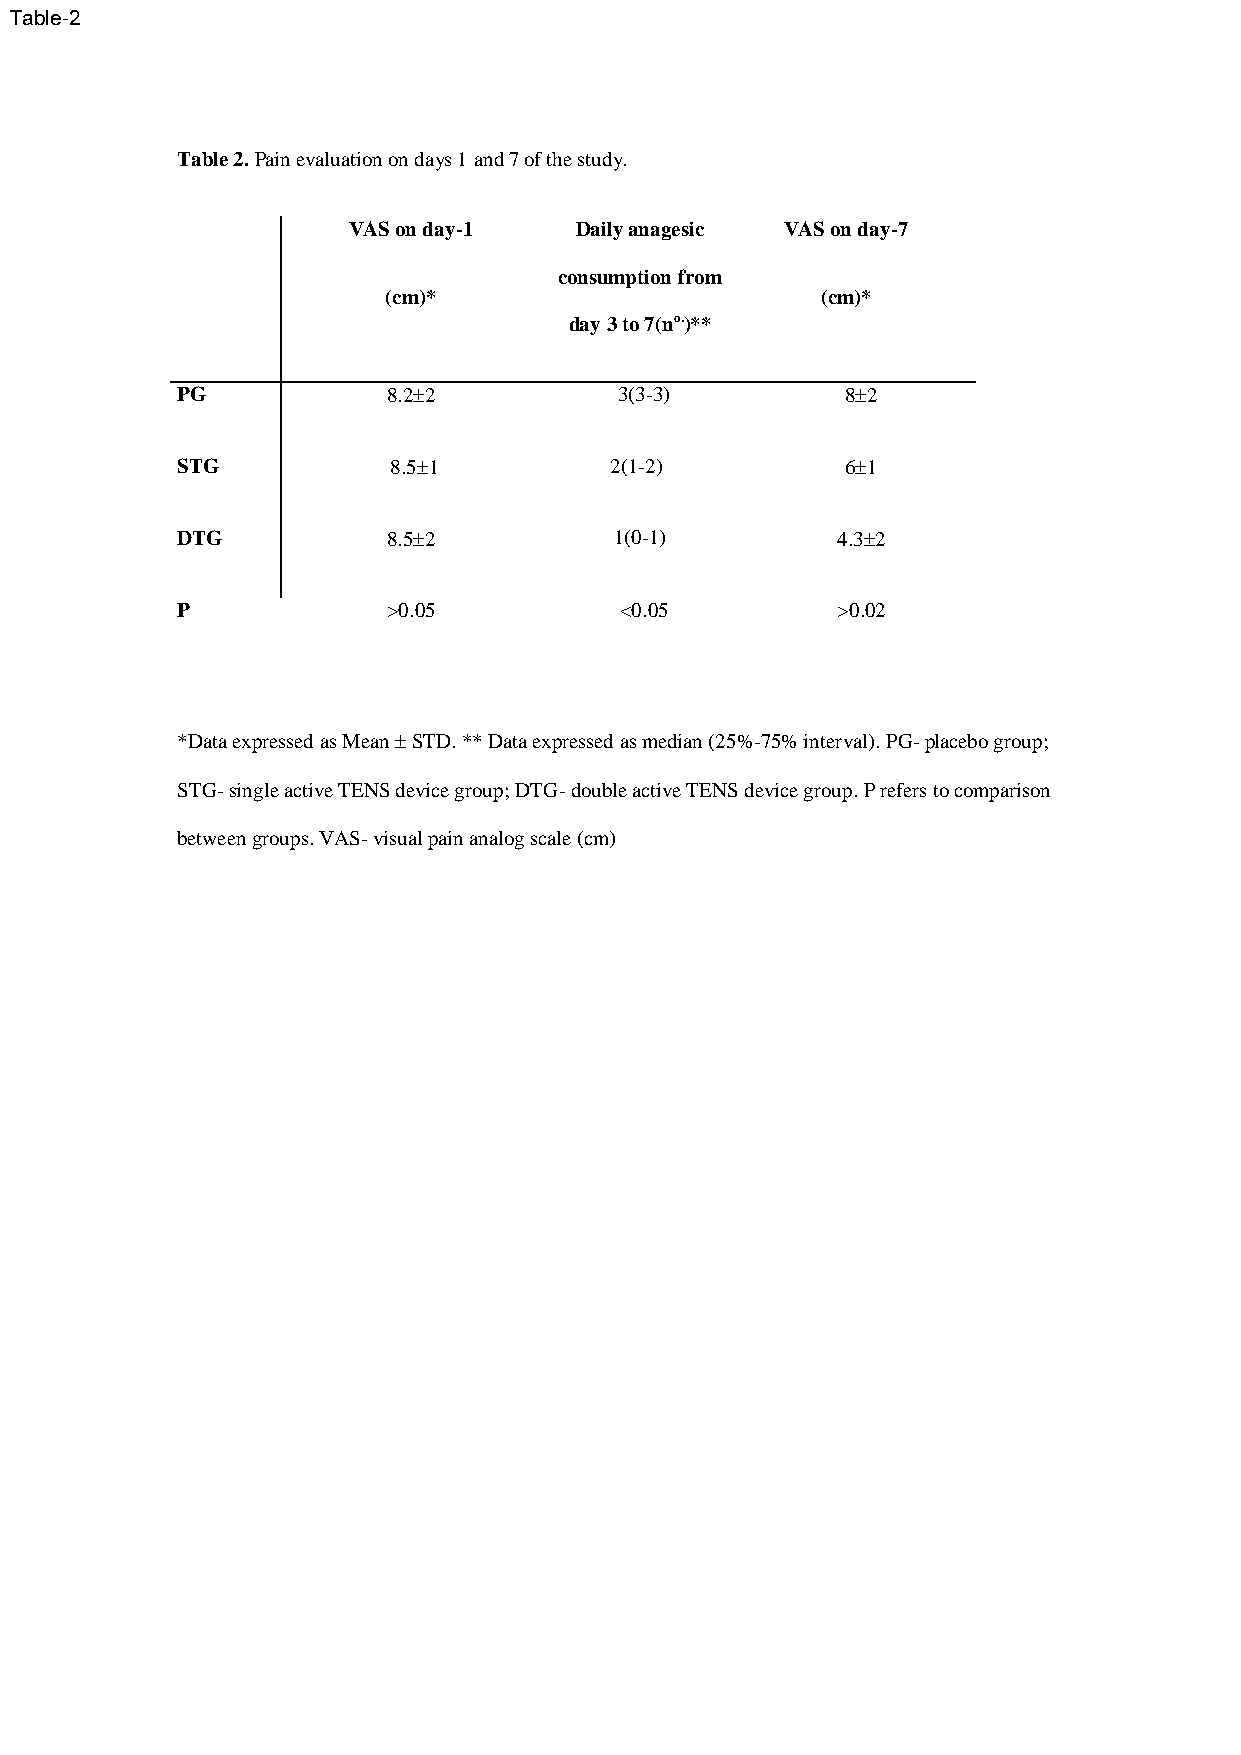
Table-2
 Table 2. Pain evaluation on days 1 and 7 of the study.
 VAS on day-1   Daily anagesic VAS on day-7
 consumption from
 (cm)*                        (cm)*
 day 3 to 7(no.)**
 PG            8.22          3(3-3)         82
 STG           8.51         2(1-2)          61
 DTG           8.52          1(0-1)        4.32
 P             >0.05          <0.05         >0.02
 *Data expressed as Mean  STD. ** Data expressed as median (25%-75% interval). PG- placebo group;
 STG- single active TENS device group; DTG- double active TENS device group. P refers to comparison
 between groups. VAS- visual pain analog scale (cm)